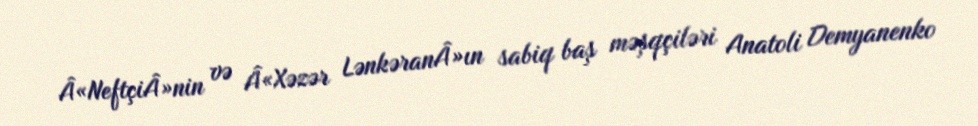
Â«NeftçiÂ»nin və Â«Xəzər LənkəranÂ»ın sabiq baş məşqçiləri Anatoli Demyanenko